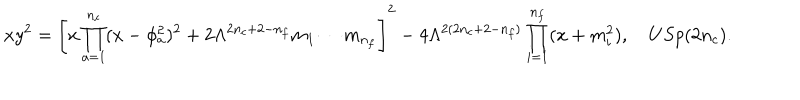
LaTeX: x y ^ { 2 } = \left[ x \prod _ { a = 1 } ^ { n _ { c } } ( x - \phi _ { a } ^ { 2 } ) ^ { 2 } + 2 \Lambda ^ { 2 n _ { c } + 2 - n _ { f } } m _ { 1 } \cdots m _ { n _ { f } } \right] ^ { 2 } - 4 \Lambda ^ { 2 ( 2 n _ { c } + 2 - n _ { f } ) } \prod _ { i = 1 } ^ { n _ { f } } ( x + m _ { i } ^ { 2 } ) , \quad U S p ( 2 n _ { c } ) .